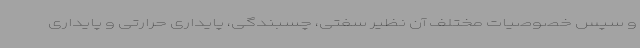
و سپس خصوصیات مختلف آن نظیر سفتی، چسبندگی، پایداری حرارتی و پایداری